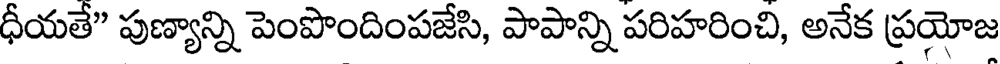
ధీయతే" పుణ్యాన్ని పెంపొందింపజేసి, పాపాన్ని పరిహరించి, అనేక ప్రయోజ